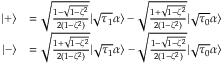
\begin{array} { r l } { | + \rangle } & { = \sqrt { \frac { 1 - \sqrt { 1 - \zeta ^ { 2 } } } { 2 ( 1 - \zeta ^ { 2 } ) } } | \sqrt { \tau _ { 1 } } \alpha \rangle - \sqrt { \frac { 1 + \sqrt { 1 - \zeta ^ { 2 } } } { 2 ( 1 - \zeta ^ { 2 } ) } } | \sqrt { \tau _ { 0 } } \alpha \rangle } \\ { | - \rangle } & { = \sqrt { \frac { 1 + \sqrt { 1 - \zeta ^ { 2 } } } { 2 ( 1 - \zeta ^ { 2 } ) } } | \sqrt { \tau _ { 1 } } \alpha \rangle - \sqrt { \frac { 1 - \sqrt { 1 - \zeta ^ { 2 } } } { 2 ( 1 - \zeta ^ { 2 } ) } } | \sqrt { \tau _ { 0 } } \alpha \rangle } \end{array}